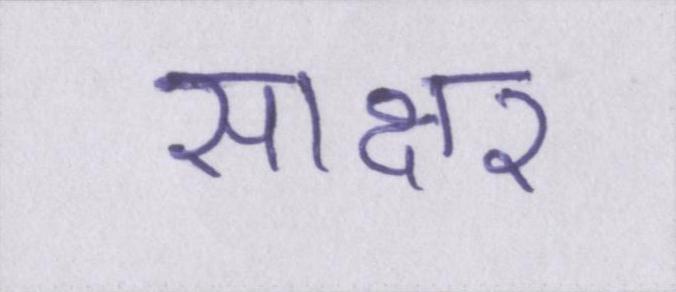
साक्षर